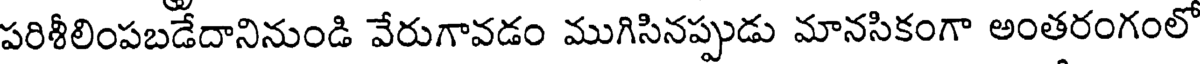
పరిశీలింపబడేదానినుండి వేరుగావడం ముగిసినప్పుడు మానసికంగా అంతరంగంలో